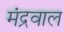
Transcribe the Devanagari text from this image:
मंद्रवाल